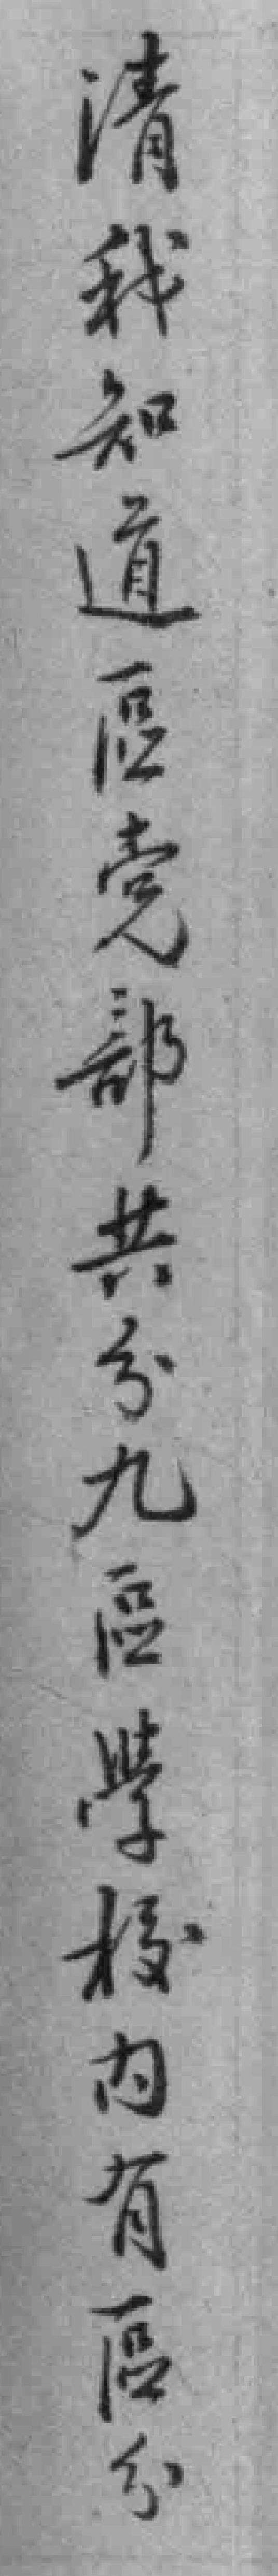
清我知道區党部共分九區學校內有區分